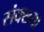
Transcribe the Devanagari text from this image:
संक्ख्या